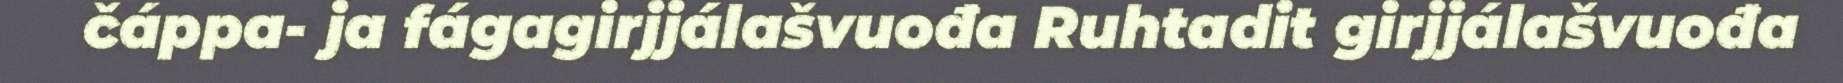
čáppa- ja fágagirjjálašvuođa Ruhtadit girjjálašvuođa